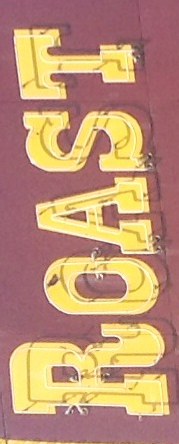
ROAST